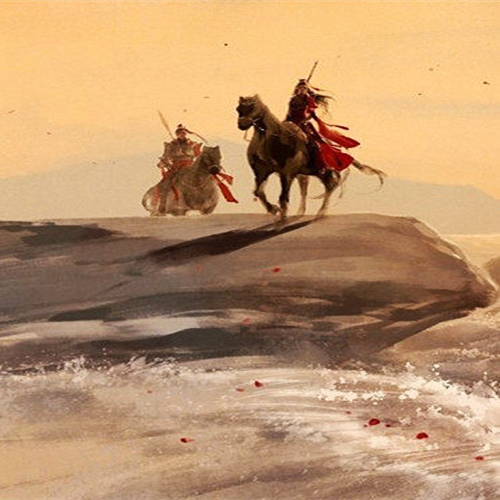
碛里征人三十万，一时回向月明看。